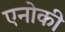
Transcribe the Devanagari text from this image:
एनोकी